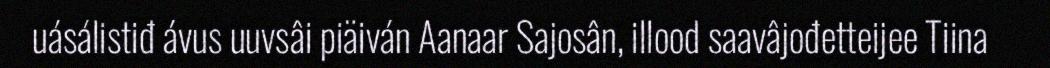
uásálistiđ ávus uuvsâi piäiván Aanaar Sajosân, illood saavâjođetteijee Tiina